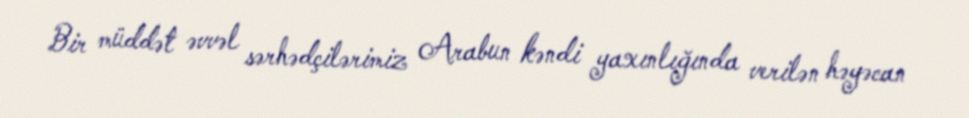
Bir müddət əvvəl sərhədçilərimiz Arabun kəndi yaxınlığında verilən həyəcan